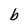
Character: b